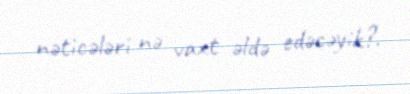
nəticələri nə vaxt əldə edəcəyik?.